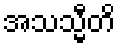
အသသ္မီတိ